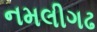
નમલીગઢ